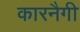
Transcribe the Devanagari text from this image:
कारनैगी